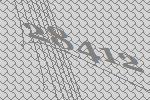
28412